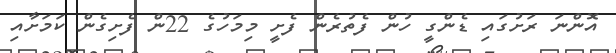
އޮންނަ ރަށުގައި ޑެންގީ ހުން ފެތުރެން ފެށީ މިމަހުގެ 22ން ފެށިގެން ކަމަށާއި